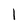
Character: 1